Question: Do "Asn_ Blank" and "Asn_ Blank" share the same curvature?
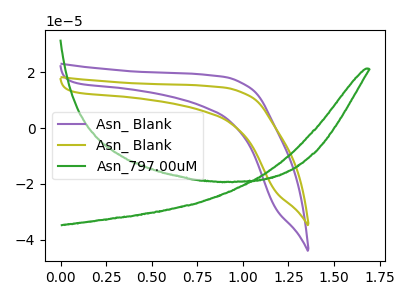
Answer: <think>The purple curve "Asn_ Blank" has no peaks. The olive curve "Asn_ Blank" has no peaks. The green curve "Asn_797.00uM" has no peaks.
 Neither "Asn_ Blank" or "Asn_ Blank" have any peaks.</think>
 <answer>"Asn_ Blank" and "Asn_ Blank" are similar in shape.</answer>
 <eval>same_shape</eval>